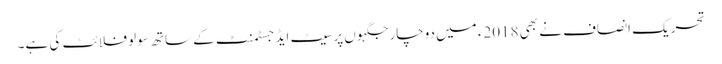
تحریک انصاف نے بھی 2018ء میں دوچار جگہوں پر سیٹ ایڈجسٹمنٹ کے ساتھ سولو فلائٹ کی ہے۔